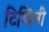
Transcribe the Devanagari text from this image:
टिप्पिनी